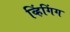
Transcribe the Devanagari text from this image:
व्हिंगिंग